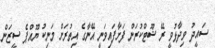
ސައީދު ވިދާޅުވީ ރޭ ޝޫޓްކުރަން ފަށާފައިވަނީ އޭނާގެ އިތުރަށް މަނިކު ޔޫއްޕެ ސީޒަން